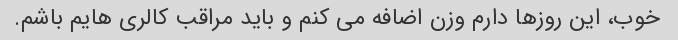
خوب، این روزها دارم وزن اضافه می کنم و باید مراقب کالری هایم باشم.